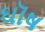
ઘૉષ